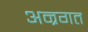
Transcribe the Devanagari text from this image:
अन्रगत